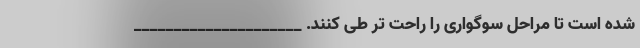
شده است تا مراحل سوگواری را راحت تر طی کنند. _____________________